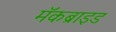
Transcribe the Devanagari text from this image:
मॅकब्राइड